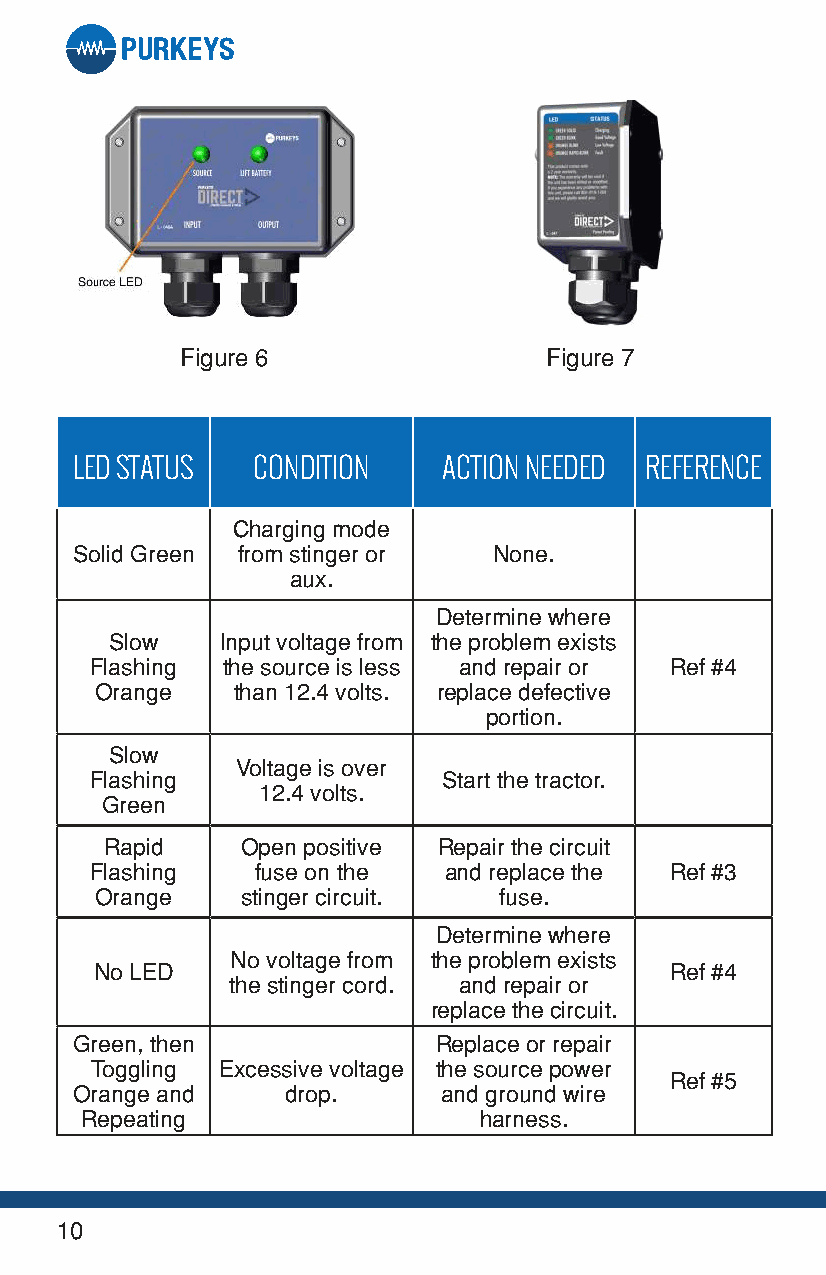
Figure 6                Figure 7
 LED STATUS  CONDITION   ACTION NEEDED REFERENCE
 Charging mode
 Solid Green from stinger or None.
 aux.
 Determine where
 Slow    Input voltage from the problem exists
 Flashing the source is less and repair or Ref #4
 Orange   than 12.4 volts. replace defective
 portion.
 Slow
 Voltage is over
 Flashing               Start the tractor.
 12.4 volts.
 Green
 Rapid    Open positive Repair the circuit
 Flashing   fuse on the and replace the Ref #3
 Orange    stinger circuit. fuse.
 Determine where
 No voltage from the problem exists
 No LED                                Ref #4
 the stinger cord. and repair or
 replace the circuit.
 Green, then             Replace or repair
 Toggling Excessive voltage the source power
 Ref #5
 Orange and    drop.     and ground wire
 Repeating                  harness.
 10